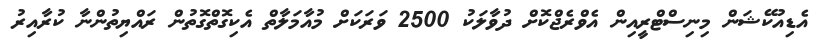
އެޑިއުކޭޝަން މިނިސްޓްރީއިން އެވްރެޖްކޮށް ދުވާލަކު 2500 ވަރަކަށް މުއާމަލާތް އެކިގޮތްގޮތުން ރައްޔިތުންނާ ކުރާއިރު